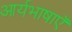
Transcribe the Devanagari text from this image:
आर्यभाषाएँ